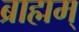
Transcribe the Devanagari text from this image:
ब्राह्मम्